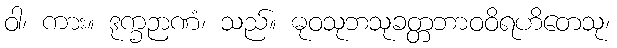
ဝါ၊ ကား။ ဒုက္ခဉာဏံ၊ သည်။ ဓုဝသုဘသုခတ္တဘာဝဝိရဟိတေသု၊